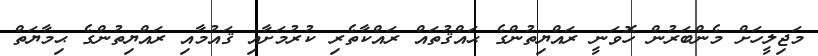
މަޖިލީހަށް މެންބަރުން ހޮވަނީ ރައްޔިތުންގެ ޙައްޤުތައް ރައްކާތެރި ކުރުމަށާއި ޤައުމާއި ރައްޔިތުންގެ ޙިމާޔަތް